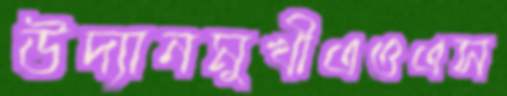
উদ্যানমুখীএওএস